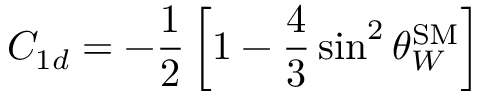
C _ { 1 d } = - \frac { 1 } { 2 } \left[ 1 - \frac { 4 } { 3 } \sin ^ { 2 } \theta _ { W } ^ { \mathrm { S M } } \right]